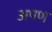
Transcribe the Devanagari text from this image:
अपण